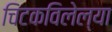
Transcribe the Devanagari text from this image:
चिटकविलेल्या